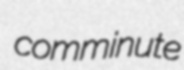
comminute